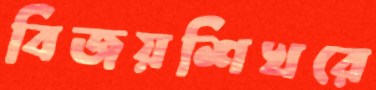
বিজয়শিখরে